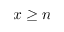
x \geq n